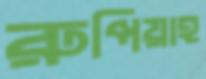
রুপিয়াহ